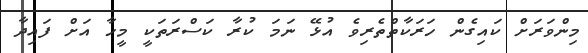
މިންވަރަށް ކައިގެން ހަރަކާތްތެރިވެ އުޅޭ ނަމަ ކުރާ ކަސްރަތަކީ މީހާ އަށް ފައިދާ